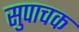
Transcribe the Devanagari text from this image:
सुपाचक